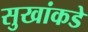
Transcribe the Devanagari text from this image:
सुखांकडे